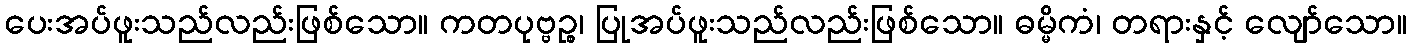
ပေးအပ်ဖူးသည်လည်းဖြစ်သော။ ကတပုဗ္ဗဉ္စ၊ ပြုအပ်ဖူးသည်လည်းဖြစ်သော။ ဓမ္မိကံ၊ တရားနှင့် လျော်သော။